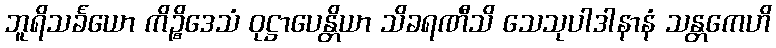
ဘူရိသင်္ခယော ကိဉ္စိဒေသံ ဝုဋ္ဌာပေန္တိယာ သိခရဏီသိ သေသုပါဒါနာနံ သန္တကေဟိ